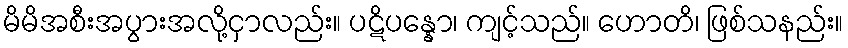
မိမိအစီးအပွားအလို့ငှာလည်း။ ပဋိပန္နော၊ ကျင့်သည်။ ဟောတိ၊ ဖြစ်သနည်း။